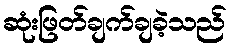
ဆုံးဖြတ်ချက်ချခဲ့သည်